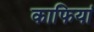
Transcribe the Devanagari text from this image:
काफियां